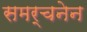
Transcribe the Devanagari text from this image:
समर्चनेन